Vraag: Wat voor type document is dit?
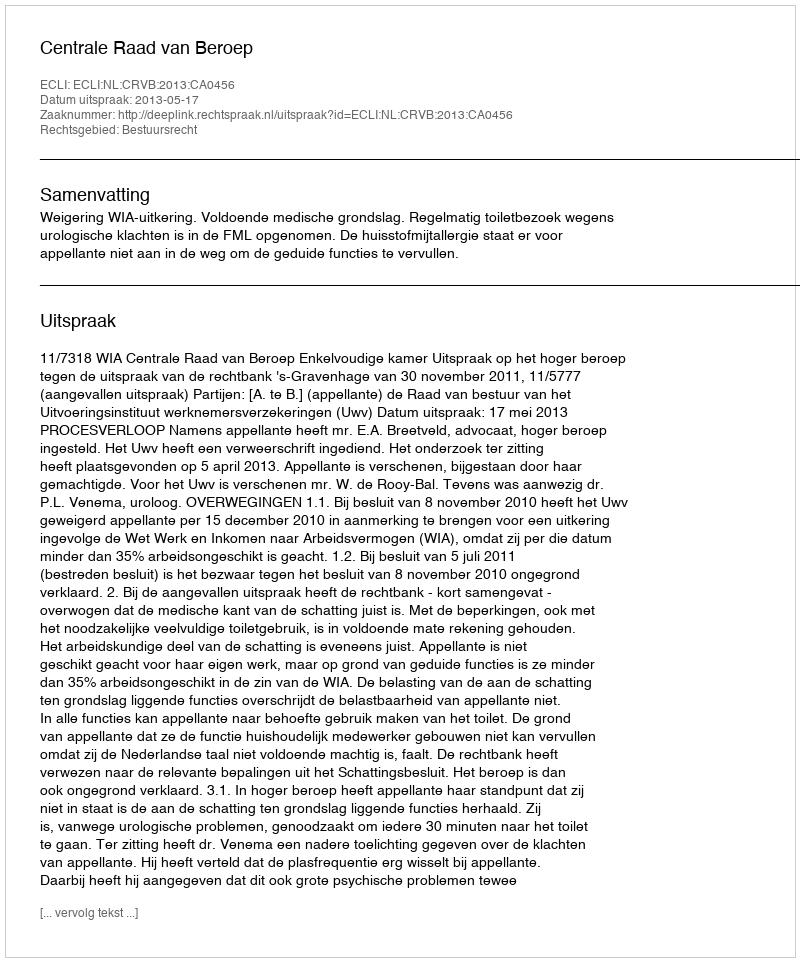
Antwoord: Uitspraak